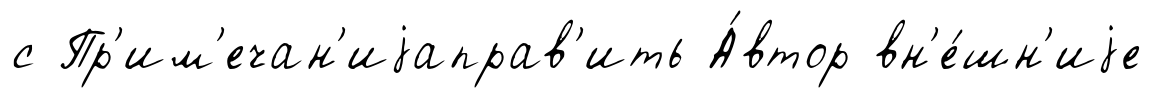
с Пр'им'ечан'иjаправ'ить А́втор вн'е́шн'иjе